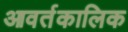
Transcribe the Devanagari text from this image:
आवर्तकालिक